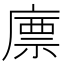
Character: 𢊣